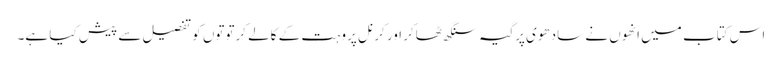
اس کتاب میں انھوں نے سادھوی پرگیہ سنگھ ٹھاکر اور کرنل پروہت کے کالے کرتوتوں کو تفصیل سے پیش کیا ہے۔